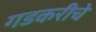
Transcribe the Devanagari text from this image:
गडकरीचे